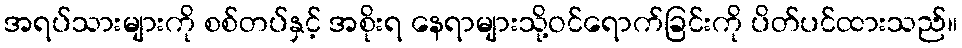
အရပ်သားများကို စစ်တပ်နှင့် အစိုးရ နေရာများသို့ဝင်ရောက်ခြင်းကို ပိတ်ပင်ထားသည်။